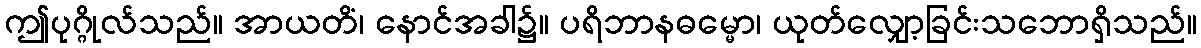
ဤပုဂ္ဂိုလ်သည်။ အာယတိံ၊ နောင်အခါ၌။ ပရိဘာနဓမ္မော၊ ယုတ်လျှော့ခြင်းသဘောရှိသည်။